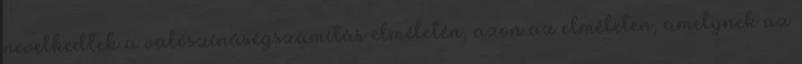
nevelkedtek a valószínűségszámítás elméletén, azon az elméleten, amelynek az